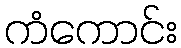
ကံကောင်း